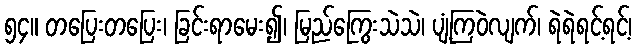
၅၄။ တပြေးတပြေး၊ ခြင်းရာမေး၍၊ မြည်ကြွေးသဲသဲ၊ ပျံ့ကြဝဲလျက်၊ ရဲရဲရင့်ရင့်၊